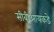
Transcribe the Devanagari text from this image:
सीबीआयकडे